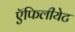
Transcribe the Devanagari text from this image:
ऍफिलीयेट